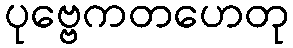
ပုဗ္ဗေကတဟေတု